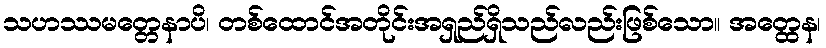
သဟဿမတ္တေနာပိ၊ တစ်ထောင်အတိုင်းအရှည်ရှိသည်လည်းဖြစ်သော။ အတ္ထေန၊